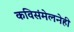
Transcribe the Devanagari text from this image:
कविसंमेलनेही